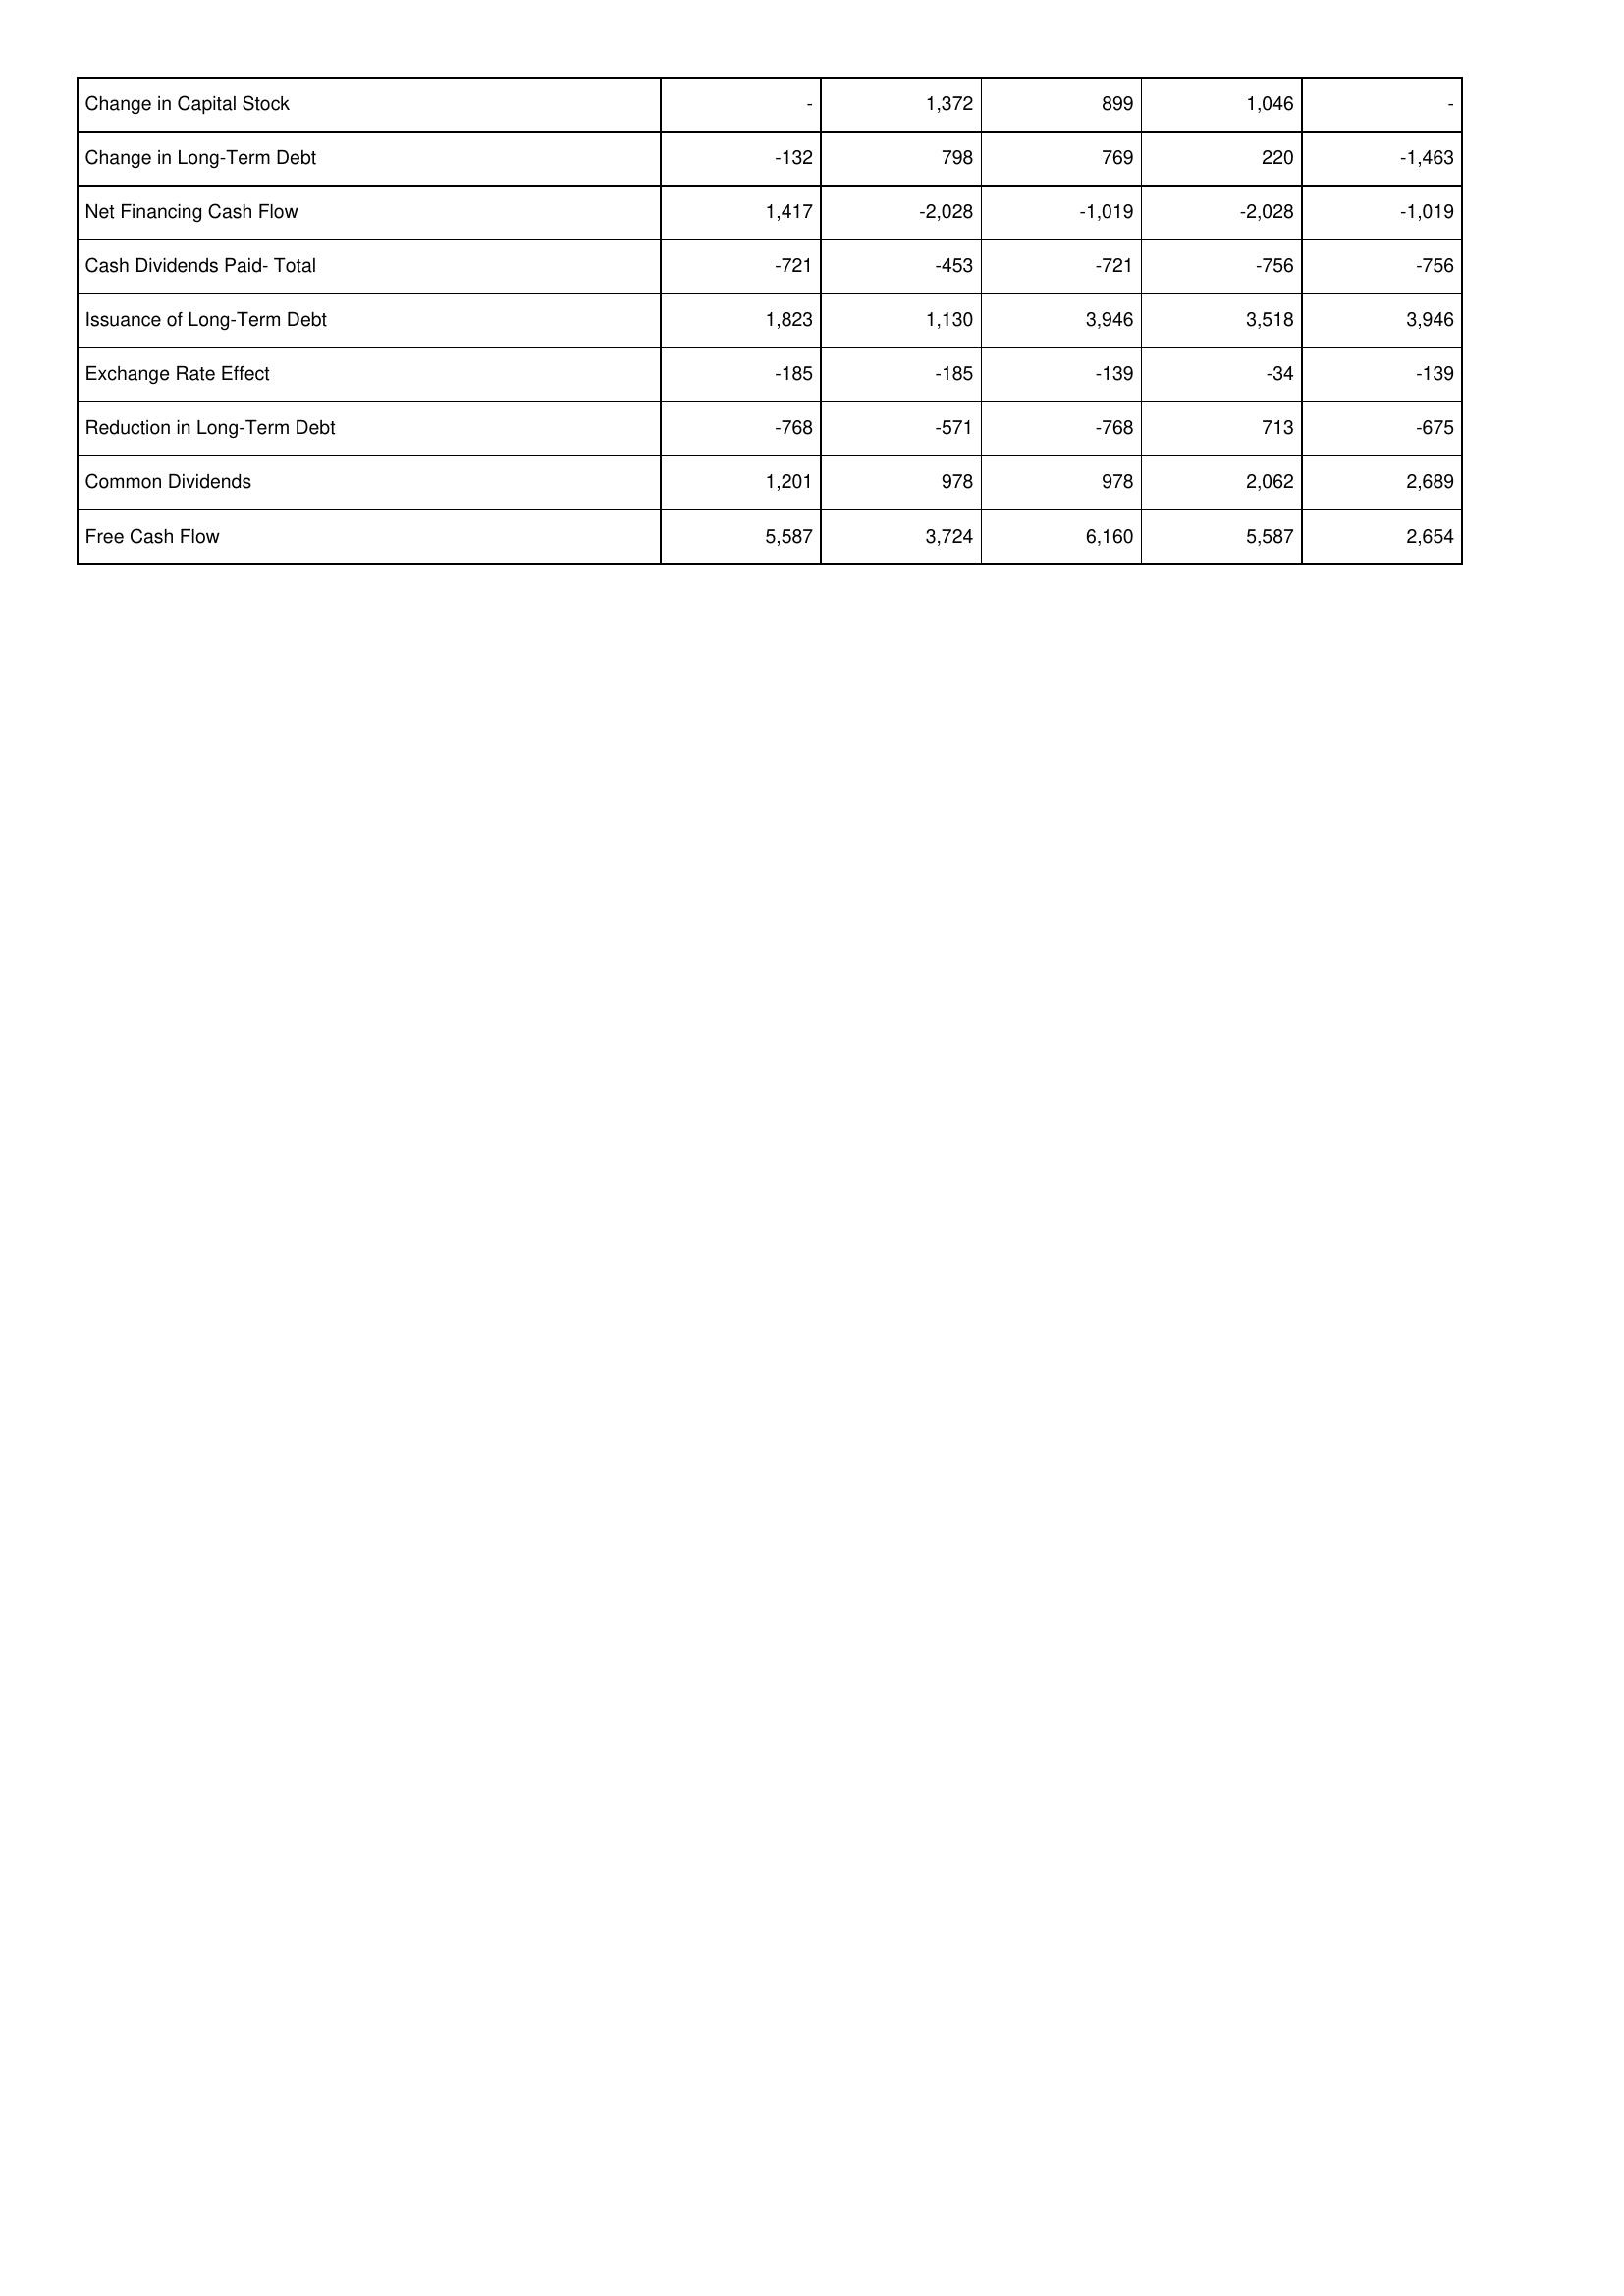
2018: Financing Activities: Change in Capital Stock: -
Change in Long-Term Debt: -132
Net Financing Cash Flow: 1,417
Cash Dividends Paid- Total: -721
Issuance of Long-Term Debt: 1,823
Exchange Rate Effect: -185
Reduction in Long-Term Debt: -768
Common Dividends: 1,201
Free Cash Flow: 5,587
2017: Financing Activities: Change in Capital Stock: 1,372
Change in Long-Term Debt: 798
Net Financing Cash Flow: -2,028
Cash Dividends Paid- Total: -453
Issuance of Long-Term Debt: 1,130
Exchange Rate Effect: -185
Reduction in Long-Term Debt: -571
Common Dividends: 978
Free Cash Flow: 3,724
2016: Financing Activities: Change in Capital Stock: 899
Change in Long-Term Debt: 769
Net Financing Cash Flow: -1,019
Cash Dividends Paid- Total: -721
Issuance of Long-Term Debt: 3,946
Exchange Rate Effect: -139
Reduction in Long-Term Debt: -768
Common Dividends: 978
Free Cash Flow: 6,160
2015: Financing Activities: Change in Capital Stock: 1,046
Change in Long-Term Debt: 220
Net Financing Cash Flow: -2,028
Cash Dividends Paid- Total: -756
Issuance of Long-Term Debt: 3,518
Exchange Rate Effect: -34
Reduction in Long-Term Debt: 713
Common Dividends: 2,062
Free Cash Flow: 5,587
2014: Financing Activities: Change in Capital Stock: -
Change in Long-Term Debt: -1,463
Net Financing Cash Flow: -1,019
Cash Dividends Paid- Total: -756
Issuance of Long-Term Debt: 3,946
Exchange Rate Effect: -139
Reduction in Long-Term Debt: -675
Common Dividends: 2,689
Free Cash Flow: 2,654